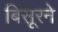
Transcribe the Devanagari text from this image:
बिसूरने